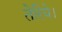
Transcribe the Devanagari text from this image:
तेरिये।